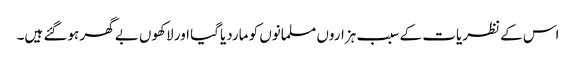
اس کے نظریات کے سبب ہزاروں مسلمانوں کو ماردیاگیا اور لاکھوں بے گھر ہوگئے ہیں۔